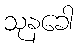
သုနခေါ